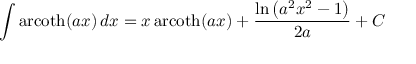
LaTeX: \int \operatorname { a r c o t h } ( a x ) \, d x = x \operatorname { a r c o t h } ( a x ) + { \frac { \ln \left( a ^ { 2 } x ^ { 2 } - 1 \right) } { 2 a } } + C